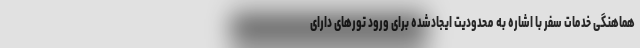
هماهنگی خدمات سفر با اشاره به محدودیت ایجادشده ‌برای ورود تورهای دارای